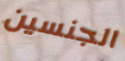
الجنسين